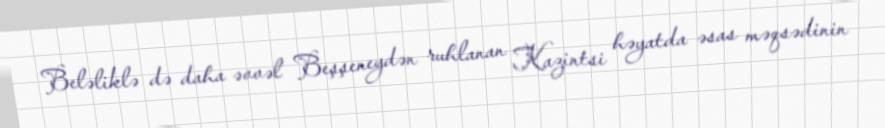
Beləliklə də daha əvvəl Beşşeneydən ruhlanan Kazintsi həyatda əsas məqsədinin